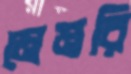
মেমরি